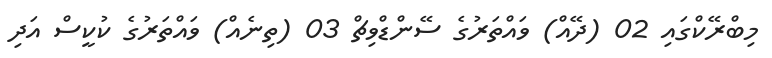
މިބްރޭކްގައި 02 (ދޭއް) ވައްތަރުގެ ސޭންޑްވިޗް 03 (ތިނެއް) ވައްތަރުގެ ކުކީސް އަދި